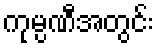
ကုမ္ပဏီအတွင်း